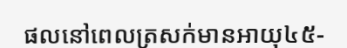
ផលនៅពេលត្រសក់មានអាយុ៤៥-